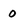
Character: 0